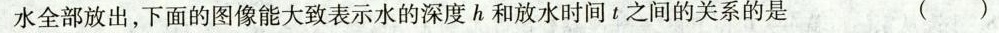
把水全部放出，下面的图像能大致表示水的深度h和放水时间t之间的关系的是 ( )